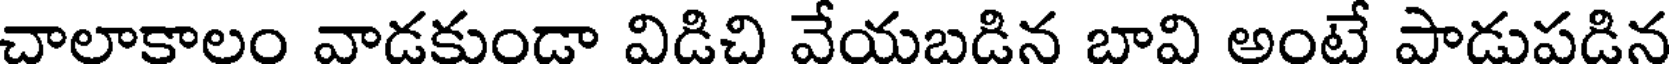
చాలాకాలం వాడకుండా విడిచి వేయబడిన బావి అంటే పాడుపడిన